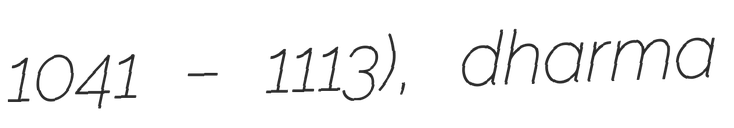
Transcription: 1041 – 1113), dharma